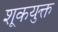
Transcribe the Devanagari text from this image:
शूकयुक्त